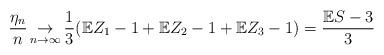
LaTeX: \begin{align*}\frac{\eta_n}{n}\mathop{\rightarrow}\limits_{n\rightarrow\infty}\frac{1}{3}(\mathbb{E}Z_1-1+\mathbb{E}Z_2-1+\mathbb{E}Z_3-1)=\frac{\mathbb{E}S-3}{3}\end{align*}